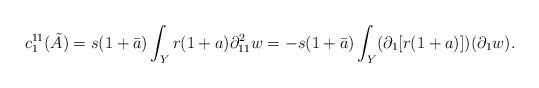
LaTeX: \begin{align*}c_1^{11}(\tilde{A}) = s(1+\bar{a}) \int_Y r (1+a) \partial_{11}^2 w = -s(1+\bar{a}) \int_Y (\partial_1[r (1+a)])(\partial_1 w).\end{align*}